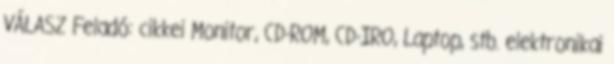
VÁLASZ Feladó: cikkei Monitor, CD-ROM, CD-IRO, Laptop, stb. elektronikai